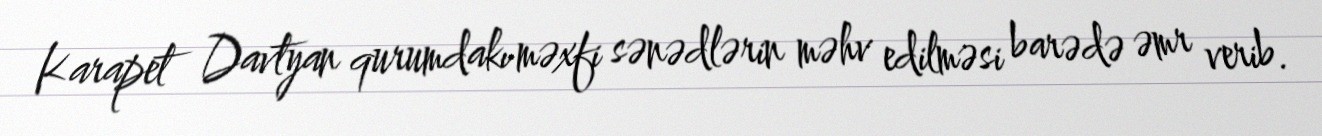
Karapet Davtyan qurumdakı məxfi sənədlərin məhv edilməsi barədə əmr verib.